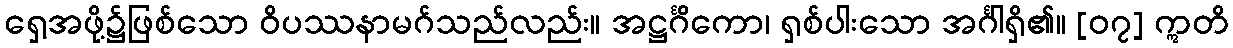
ရှေ့အဖို့၌ဖြစ်သော ဝိပဿနာမဂ်သည်လည်း။ အဋ္ဌင်္ဂိကော၊ ရှစ်ပါးသော အင်္ဂါရှိ၏။ [၀၇] ဣတိ